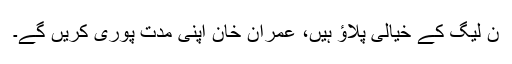
ن لیگ کے خیالی پلاؤ ہیں، عمران خان اپنی مدت پوری کریں گے۔